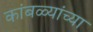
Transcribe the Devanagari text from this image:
कांबळ्यांच्या